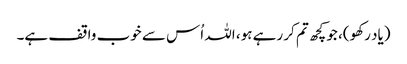
(یاد رکھو)، جو کچھ تم کر رہے ہو، اللہ اُس سے خوب واقف ہے۔